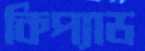
কিপ্যাড